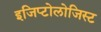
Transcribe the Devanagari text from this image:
इजिप्टोलोजिस्ट